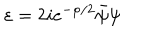
LaTeX: \varepsilon = 2 i e ^ { - \varphi / 2 } \bar { \psi } \psi